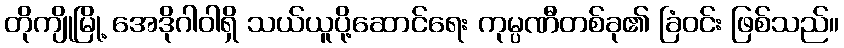
တိုကျိုမြို့ အေဒိုဂါဝါရှိ သယ်ယူပို့ဆောင်ရေး ကုမ္ပဏီတစ်ခု၏ ခြံဝင်း ဖြစ်သည်။